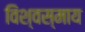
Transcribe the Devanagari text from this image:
विश्वस्माय